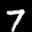
Label: 7